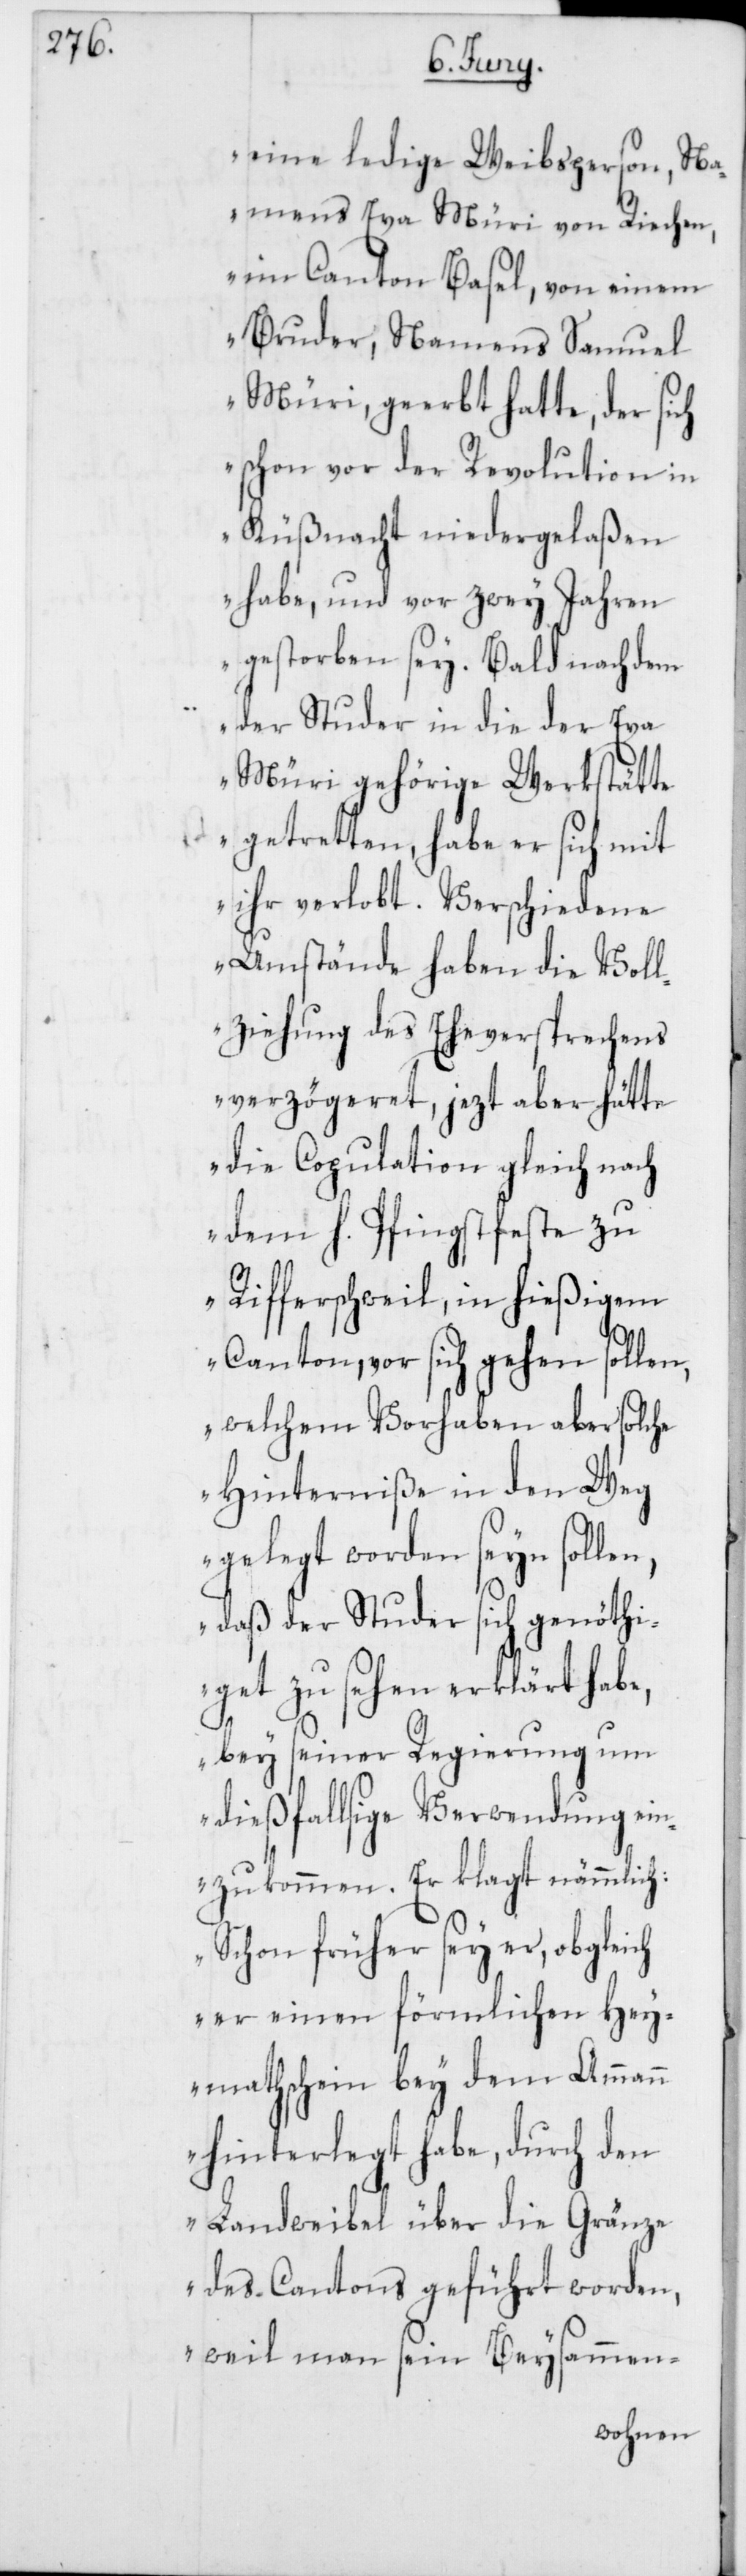
eine ledige Weibsperson, Na¬
mens Eva Müri von Riechen,
im Canton Basel, von einem
Bruder, Namens Samuel
Müri, geerbt hatte, der sich
schon vor der Revolution in
Küßnacht niedergelaßen
habe, und vor zwey Jahren
gestorben sey. Bald nach dem
der Studer in die der Eva
Müri gehörige Werkstätte
getretten, habe er sich mit
ihr verlobt. Verschiedene
Umstände haben die Voll¬
ziehung des Eheversprechens
verzögeret, jezt aber hätt¬
e die Copulation gleich nach
dem h. Pfingstf¬
Rifferschweil, in
Canton, vor sich geh¬
llen,
welchem Vorhaben aber solche
en
Hinderniße in d¬
so¬
gelegt worden seyn
daß der Studer sich genöthi¬
get zu sehen erklärt habe,
bey seiner Regierung um
dießfallsige Verwendung ein¬
zukommen. Er klagt nämmlich:
Schon früher sey er, obgleich
er einen förmlichen Hey¬
mathschein bey dem Ammann
hinterlegt habe, durch den
Landweibel über die Gränze
des Cantons geführt worden,
weil man sein Beysammen-